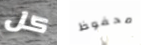
كل محفوظ